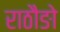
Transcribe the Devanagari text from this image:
राठौङो